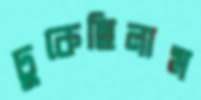
ঢুকেছিলাম